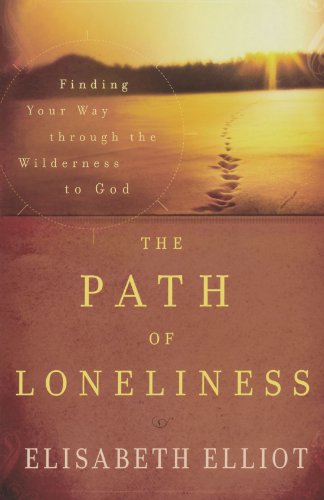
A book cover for The Path of Loneliness: Finding Your Way Through the Wilderness to God; Elisabeth Elliot; Self-Help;